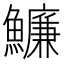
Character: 𩼔